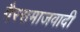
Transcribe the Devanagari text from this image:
गैरसमाजवादी